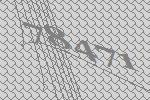
78471